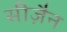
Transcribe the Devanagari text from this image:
सीज़ैन